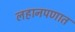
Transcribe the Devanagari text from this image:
लहानपणात